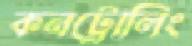
কনট্রোলিং